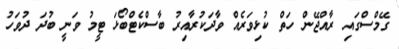
ގޭމްސްގައި ރާއްޖޭން ހަތް ކުޅިވަރެއް ވާދަކުރާއިރު ބާސްކެޓްބޯޅަ ޓީމު ވަނީ ބުދަ ދުވަހު